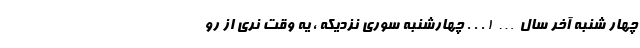
چهار شنبه آخر سال… ! . . . چهارشنبه سوری نزدیکه ، یه وقت نری از رو